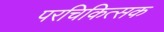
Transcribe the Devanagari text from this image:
परचिकित्सक